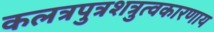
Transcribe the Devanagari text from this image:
कलत्रपुत्रशत्रुत्वकारणाय